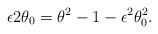
LaTeX: \begin{align*} \epsilon2\theta_{0} = \theta^{2} - 1 - \epsilon^{2}\theta_{0}^{2}.\end{align*}